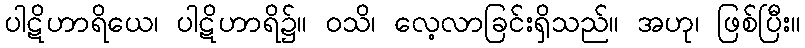
ပါဋိဟာရိယေ၊ ပါဋိဟာရိ၌။ ဝသိ၊ လေ့လာခြင်းရှိသည်။ အဟု၊ ဖြစ်ပြီး။